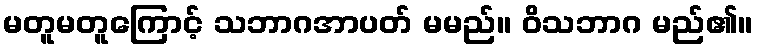
မတူမတူကြောင့် သဘာဂအာပတ် မမည်။ ဝိသဘာဂ မည်၏။